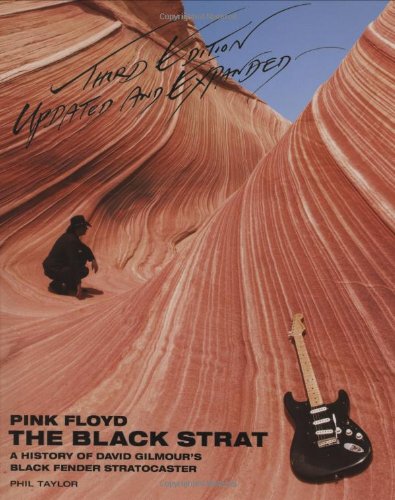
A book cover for Pink Floyd - The Black Strat: A History of David Gilmour's Black Fender Stratocaster - Revised and Updated 3rd Edition; Phil Taylor; Reference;